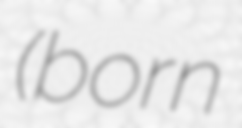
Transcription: (born